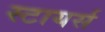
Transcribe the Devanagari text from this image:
स्टायर्स